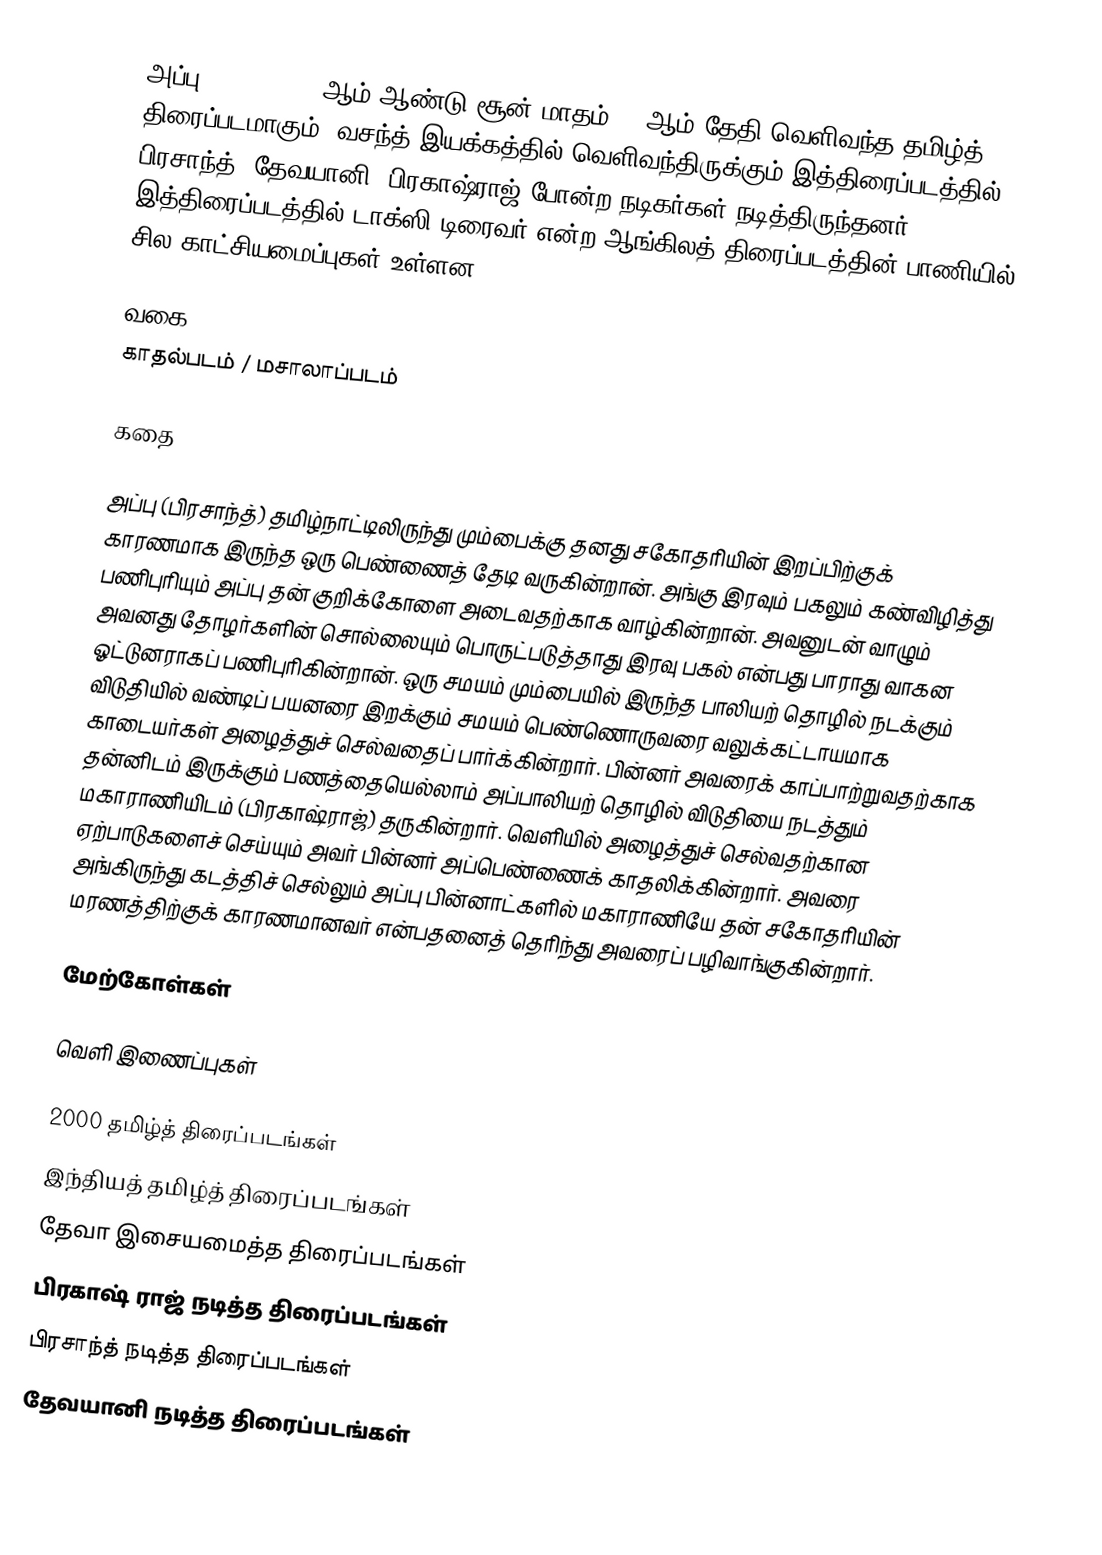
அப்பு (Appu) 2000 ஆம் ஆண்டு சூன் மாதம் 16 ஆம் தேதி வெளிவந்த தமிழ்த் திரைப்படமாகும். வசந்த் இயக்கத்தில் வெளிவந்திருக்கும் இத்திரைப்படத்தில் பிரசாந்த், தேவயானி, பிரகாஷ்ராஜ் போன்ற நடிகர்கள் நடித்திருந்தனர். இத்திரைப்படத்தில் டாக்ஸி டிரைவர் என்ற ஆங்கிலத் திரைப்படத்தின் பாணியில் சில காட்சியமைப்புகள் உள்ளன.

வகை
காதல்படம் / மசாலாப்படம்

கதை

அப்பு (பிரசாந்த்) தமிழ்நாட்டிலிருந்து மும்பைக்கு தனது சகோதரியின் இறப்பிற்குக் காரணமாக இருந்த ஒரு பெண்ணைத் தேடி வருகின்றான். அங்கு இரவும் பகலும் கண்விழித்து பணிபுரியும் அப்பு தன் குறிக்கோளை அடைவதற்காக வாழ்கின்றான். அவனுடன் வாழும் அவனது தோழர்களின் சொல்லையும் பொருட்படுத்தாது இரவு பகல் என்பது பாராது வாகன ஓட்டுனராகப் பணிபுரிகின்றான். ஒரு சமயம் மும்பையில் இருந்த பாலியற் தொழில் நடக்கும் விடுதியில் வண்டிப் பயனரை இறக்கும் சமயம் பெண்ணொருவரை வலுக்கட்டாயமாக காடையர்கள் அழைத்துச் செல்வதைப் பார்க்கின்றார். பின்னர் அவரைக் காப்பாற்றுவதற்காக தன்னிடம் இருக்கும் பணத்தையெல்லாம் அப்பாலியற் தொழில் விடுதியை நடத்தும் மகாராணியிடம் (பிரகாஷ்ராஜ்) தருகின்றார். வெளியில் அழைத்துச் செல்வதற்கான ஏற்பாடுகளைச் செய்யும் அவர் பின்னர் அப்பெண்ணைக் காதலிக்கின்றார். அவரை அங்கிருந்து கடத்திச் செல்லும் அப்பு பின்னாட்களில் மகாராணியே தன் சகோதரியின் மரணத்திற்குக் காரணமானவர் என்பதனைத் தெரிந்து அவரைப் பழிவாங்குகின்றார்.

மேற்கோள்கள்

வெளி இணைப்புகள்

2000 தமிழ்த் திரைப்படங்கள்
இந்தியத் தமிழ்த் திரைப்படங்கள்
தேவா இசையமைத்த திரைப்படங்கள்
பிரகாஷ் ராஜ் நடித்த திரைப்படங்கள்
பிரசாந்த் நடித்த திரைப்படங்கள்
தேவயானி நடித்த திரைப்படங்கள்